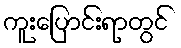
ကူးပြောင်းရာတွင်